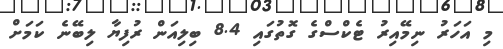
މި އަހަރު ނިމޭއިރު ޓެކްސްގެ ގޮތުގައި 8.4 ބިލިއަން ރުފިޔާ ލިބޭނެ ކަމަށް